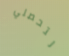
لتحصلي